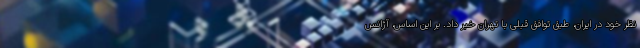
نظر خود در ایران، طبق توافق قبلی با تهران خبر داد. بر این اساس، آژانس